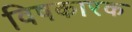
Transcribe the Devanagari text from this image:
विषकारक